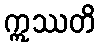
ဣဿတိ